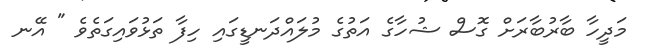
މަދީހާ ބާރުބާރަށް ގޮސް ޝުހާގެ އަތުގެ މުލައްދަނޑީގައި ހިފާ ތަޅުވައިގަތެވެ " އޭނ